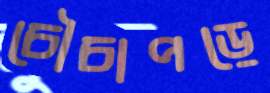
চৌচাপড়ে